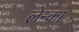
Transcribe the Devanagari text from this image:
लेन्का